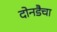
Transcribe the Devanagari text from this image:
दोनडैचा